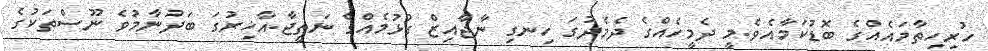
ހުރިހިތާމައެއްގެ ބޮޑުކަމާއެވެ.މީ ދެމީހެއްގެ ދެމެދުގަ ހިނގި ނާޖާއިޒް ގުޅުމެއްގެ ނަތީޖާ.އާޚިރުގަ ބަދުނާމުވެ ނޫސްތަކުގެ